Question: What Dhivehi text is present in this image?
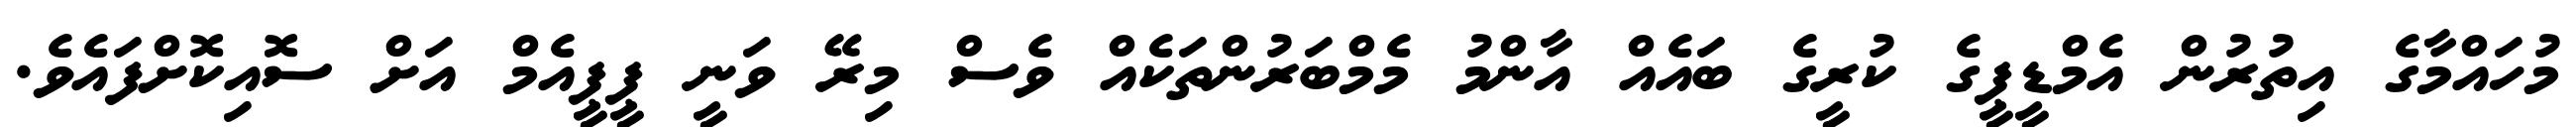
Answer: މުހައްމާގެ އިތުރުން އެމްޑީޕީގެ ކުރީގެ ބައެއް އާންމު މެމްބަރުންތަކެއް ވެސް މިރޭ ވަނީ ޕީޕީއެމް އަށް ސޮއިކޮށްފައެވެ.